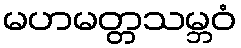
မဟမတ္တသမ္ဘဝံ